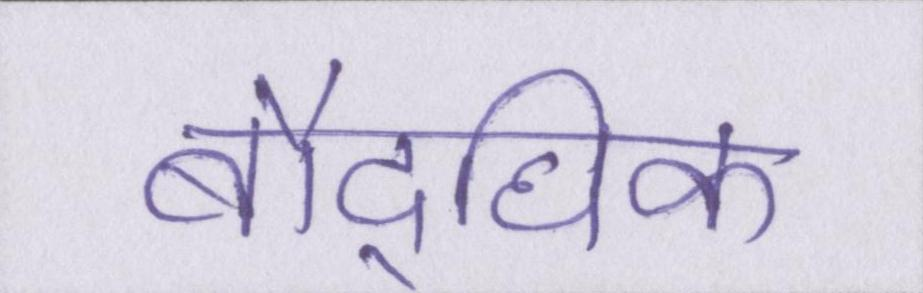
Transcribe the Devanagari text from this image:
बौद्घिक